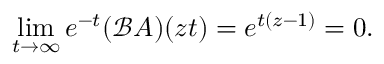
\operatorname* { l i m } _ { t \rightarrow \infty } e ^ { - t } ( \mathcal { B } A ) ( z t ) = e ^ { t ( z - 1 ) } = 0 .